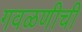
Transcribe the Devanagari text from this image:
गवळणीची